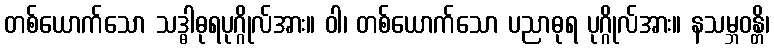
တစ်ယောက်သော သဒ္ဓါဓုရပုဂ္ဂိုလ်အား။ ဝါ၊ တစ်ယောက်သော ပညာဓုရ ပုဂ္ဂိုလ်အား။ နသမ္ဘဝန္တိ၊